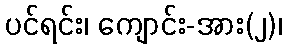
ပင်ရင်း၊ ကျောင်း-အား(၂)၊